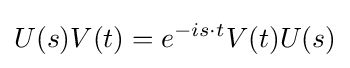
U(s)V(t)=e^{-is\cdot t}V(t)U(s)